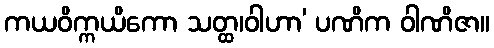
ကယဝိက္ကယိကော သတ္ထ၊ဝါဟာ’ ပဏိက ဝါဏိဇာ။